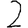
Digit: 2